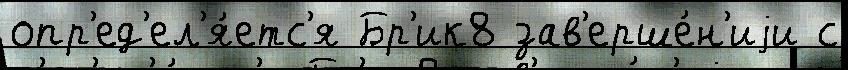
опр'ед'ел'я́етс'я Бр'ик8 зав'ерше́н'иjи с